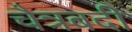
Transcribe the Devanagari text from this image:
चैत्रबदी